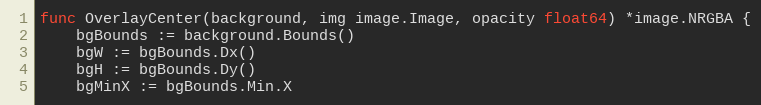
Language: Go
func OverlayCenter(background, img image.Image, opacity float64) *image.NRGBA {
	bgBounds := background.Bounds()
	bgW := bgBounds.Dx()
	bgH := bgBounds.Dy()
	bgMinX := bgBounds.Min.X